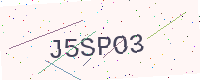
Text: J5SPO3